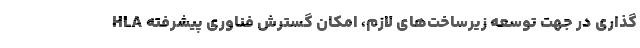
‌گذاری در جهت توسعه زیرساخت‌های لازم، امكان گسترش فناوری پیشرفته HLA